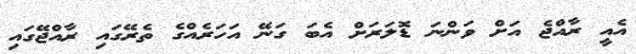
އެއީ ރާއްޖެ އަށް ވަންނަ ޑޮލަރަށް އެބަ ގަނޭ އަހަރެއްގެ ތެރޭގައި ރާއްޖޭގައި